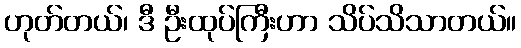
ဟုတ်တယ်၊ ဒီ ဦးထုပ်ကြီးဟာ သိပ်သိသာတယ်။